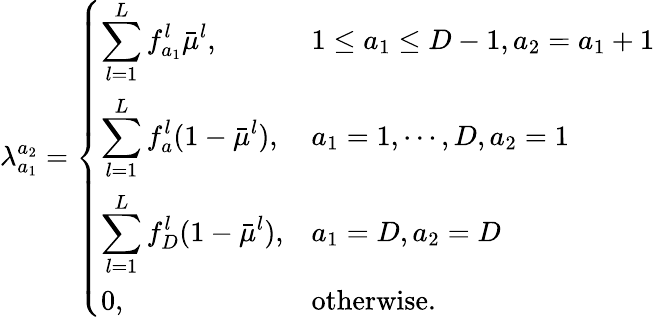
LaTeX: \lambda_{a_{1}}^{a_{2}}=\left\{ \begin{array}{ll}{\displaystyle\sum_{l=1}^{L}f_{a_{1}}^{l}\bar{\mu}^{l},}&{1\leq a_{1}\leq D-1,a_{2}=a_{1}+1}\\ {\displaystyle\sum_{l=1}^{L}f_{a}^{l}(1-\bar{\mu}^{l}),}&{a_{1}=1,\cdots,D,a_{2}=1}\\ {\displaystyle\sum_{l=1}^{L}f_{D}^{l}(1-\bar{\mu}^{l}),}&{a_{1}=D,a_{2}=D}\\ {0,}&{\mathrm{otherwise.}}\end{array}\right.